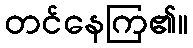
တင်နေကြ၏။